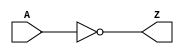
module INV (A, Z);
  input A;
  output Z;
  not (Z, A);
  specify
    (A => Z)=(3, 3);	// rise and fall times
  endspecify
endmodule